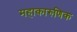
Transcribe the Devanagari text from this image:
महाकारुणिक